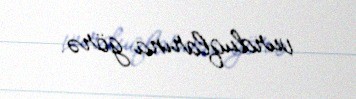
vurduqlarına görə.